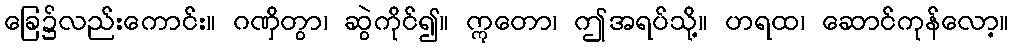
ခြေ၌လည်းကောင်း။ ဂဏှိတွာ၊ ဆွဲကိုင်၍။ ဣတော၊ ဤအရပ်သို့။ ဟရထ၊ ဆောင်ကုန်လော့။